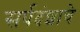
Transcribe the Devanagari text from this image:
सर्पदंशाचे